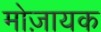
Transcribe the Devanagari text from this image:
मोज़ायक